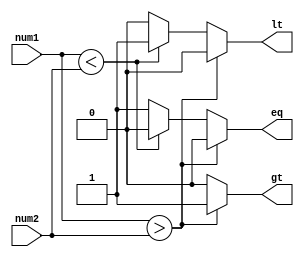
module Magnitude_comparator (
    input [7:0] num1,
    input [7:0] num2,
    output reg gt, // Greater than
    output reg lt, // Less than
    output reg eq  // Equal
);

always @(*) begin
    gt = 0;
    lt = 0;
    eq = 0;
    
    if (num1 > num2) begin
        gt = 1;
    end else if (num1 < num2) begin
        lt = 1;
    end else begin
        eq = 1;
    end
end

endmodule